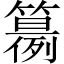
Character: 𥵘